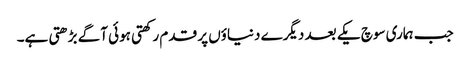
جب ہماری سوچ یکے بعد دیگرے دنیاؤں پر قدم رکھتی ہوئی آگے بڑھتی ہے۔